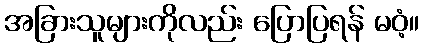
အခြားသူများကိုလည်း ပြောပြရန် မဝံ့။